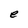
Character: e